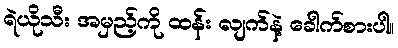
ရဲယိုသီး အမှည့်ကို ထန်း လျက်နဲ့ ခေါက်စားပါ။